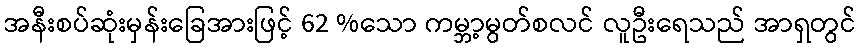
အနီးစပ်ဆုံးမှန်းခြေအားဖြင့် 62 %သော ကမ္ဘာ့မွတ်စလင် လူဦးရေသည် အာရှတွင်